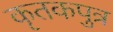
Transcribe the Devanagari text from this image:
कृतकपुत्र